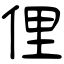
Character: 俚